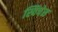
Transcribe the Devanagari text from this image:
स्विचेस